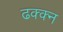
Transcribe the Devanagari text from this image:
ढक्क्न